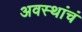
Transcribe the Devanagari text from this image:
अवस्थांचं